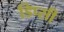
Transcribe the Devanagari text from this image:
डिप्सी